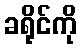
ခရိုင်ကို